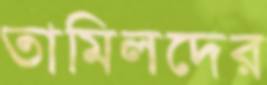
তামিলদের